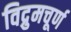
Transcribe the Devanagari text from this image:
विद्रुमचूर्ण